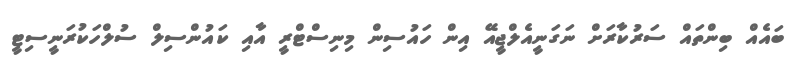
ބައެއް ބިންތައް ސަރުކާރަށް ނަގަނީއެލްޖީއޭ އިން ހައުސިން މިނިސްޓްރީ އާއި ކައުންސިލް ސުލްހަކުރަނީސިޓީ